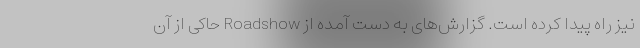
نیز راه پیدا کرده است. گزارش‌های به دست آمده از Roadshow حاکی از آن